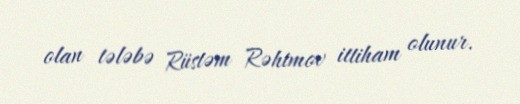
olan tələbə Rüstəm Rəhimov ittiham olunur.